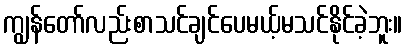
ကျွန်တော်လည်းစာသင်ချင်ပေမယ့်မသင်နိုင်ခဲ့ဘူး။